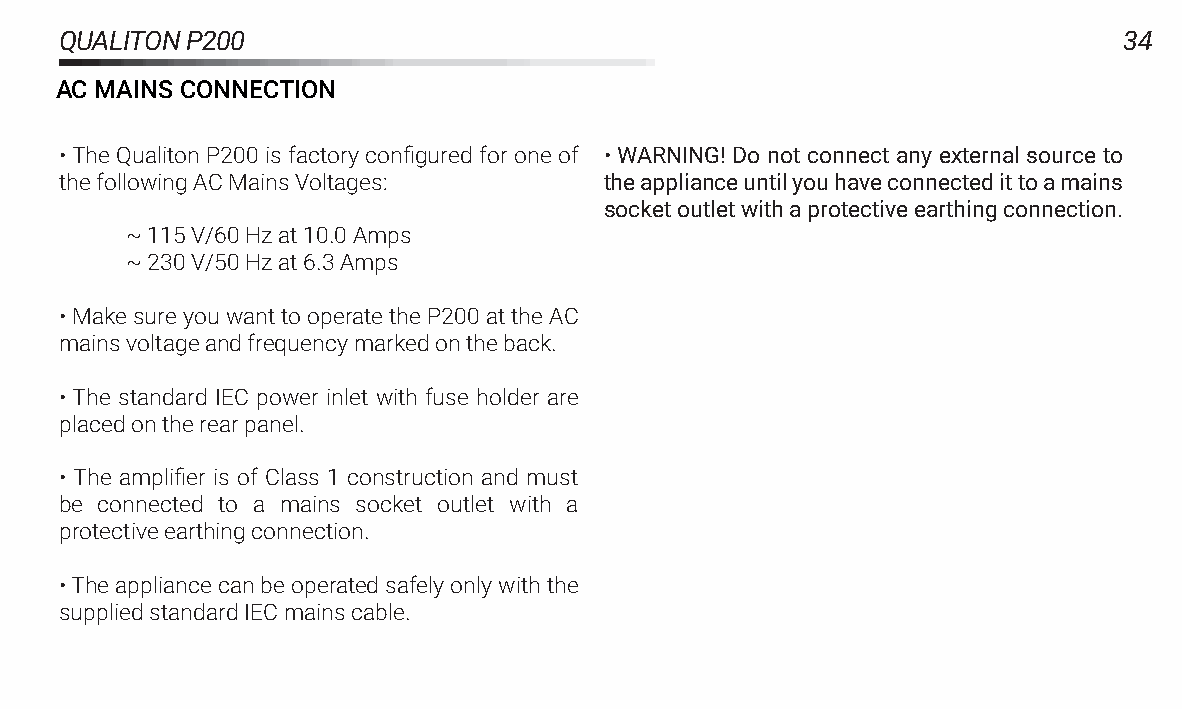
QUALITONP200                                                          34
 ACMAINSCONNECTION
 •The Qualiton P200 is factory configured for one of • WARNING! Do not connect any external source to
 thefollowingACMainsVoltages:        theapplianceuntilyouhaveconnectedittoamains
 socketoutletwithaprotectiveearthingconnection.
 ~115V/60Hzat10.0Amps
 ~230V/50Hzat6.3Amps
 •MakesureyouwanttooperatetheP200attheAC
 mainsvoltageandfrequencymarkedontheback.
 • The standard IEC power inlet with fuse holder are
 placedontherearpanel.
 • The amplifier is of Class 1 construction and must
 be connected to a mains socket outlet with a
 protectiveearthingconnection.
 •Theappliancecanbeoperatedsafelyonlywiththe
 suppliedstandardIECmainscable.